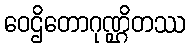
ဝေဌိတောဂုဏ္ဌိတဿ